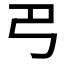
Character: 𢎟